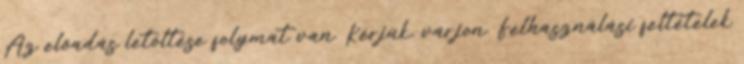
Az előadás letöltése folymat van. Kérjük, várjon. Felhasználási feltételek